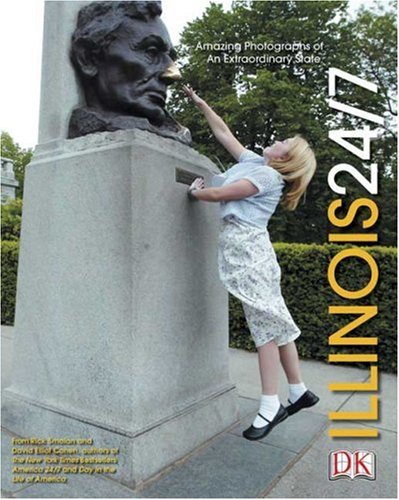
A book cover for Illinois 24/7 (America 24/7 State Books); DK Publishing; Travel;